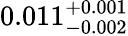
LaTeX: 0.011_{-0.002}^{+0.001}